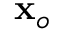
\mathbf { x } _ { o }